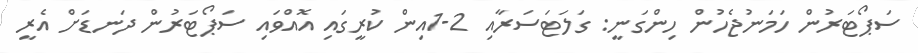
ސަޕޯޓަރުން ހަމަނުޖެހުން ހިންގަނީ: ގަލަޓަސަރާއި 2-1އިން ކުރީގައި އޮއްވައި ސަޕޯޓަރުން ދަނޑަށް އެރީ